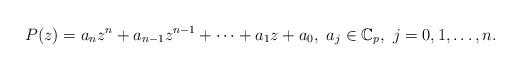
LaTeX: \begin{align*}P(z) = a_nz^n+a_{n-1}z^{n-1}+\cdots+a_1z+a_0,\,\,a_j\in\mathbb C_p,\,\,j=0,1,\dots, n.\end{align*}